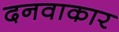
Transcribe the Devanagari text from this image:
दनवाकार